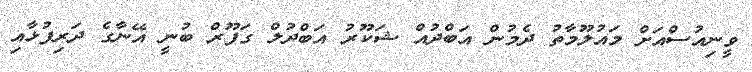
ވީނިއުސްއަށް މައުލޫމާތު ދެމުން އަބްދުއް ޝަކޫރު އަބްދުލް ގަފޫރް ބުނީ އޭނާގެ ދަރިފުޅާއި